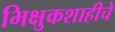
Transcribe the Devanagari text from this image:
भिक्षुकशाहीचे